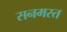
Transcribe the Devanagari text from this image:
सनमस्त